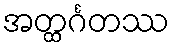
အတ္ထင်္ဂတဿ